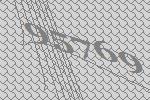
95769